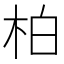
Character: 柏